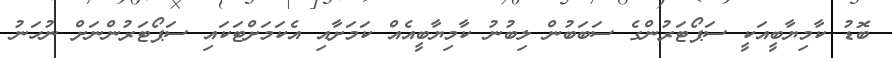
ބޮޑު ކާމިޔާބީއަކީ ސަޕޯޓަރުންގެ ސަބަބުން ލިބުނު ކާމިޔާބީއެއް ކަމަށާއި އެކަމަށްޓަކައި ސަޕޯޓަރުންނަށް ނުހަނު